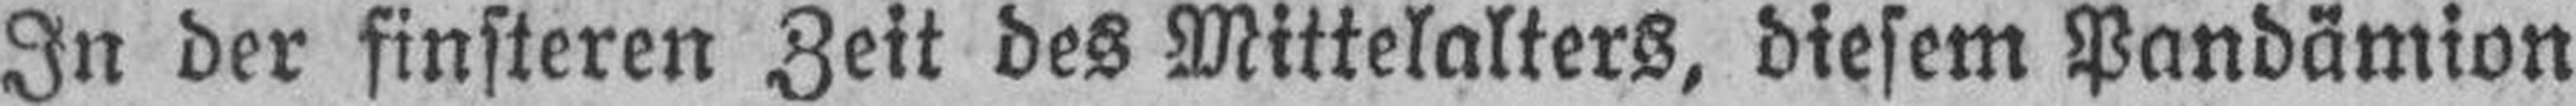
In der finsteren Zeit des Mittelalters, diesem Pandämion